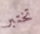
تختبر